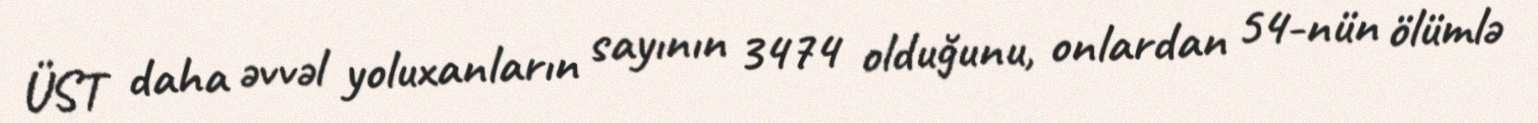
ÜST daha əvvəl yoluxanların sayının 3474 olduğunu, onlardan 54-nün ölümlə